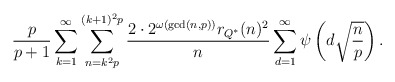
\begin{align*}\frac{p}{p+1} \sum_{k=1}^{\infty} \sum_{n=k^{2} p}^{(k+1)^{2} p}\frac{2 \cdot 2^{\omega(\gcd(n,p))} r_{Q^{*}}(n)^{2}}{n} \sum_{d=1}^{\infty} \psi\left(d \sqrt{\frac{n}{p}}\right).\end{align*}